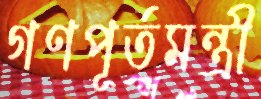
গণপূর্তমন্ত্রী